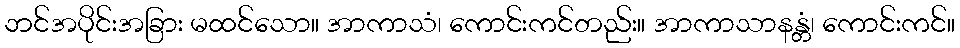
ဘင်အပိုင်းအခြား မထင်သော။ အာကာသံ၊ ကောင်းကင်တည်း။ အာကာသာနန္တံ၊ ကောင်းကင်။